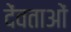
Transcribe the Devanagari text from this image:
देंवताओं